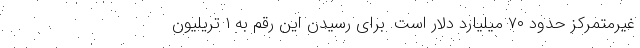
غیرمتمرکز حدود ۷۰ میلیارد دلار است. برای رسیدن این رقم به ۱ تریلیون